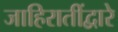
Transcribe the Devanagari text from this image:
जाहिरातींद्वारे